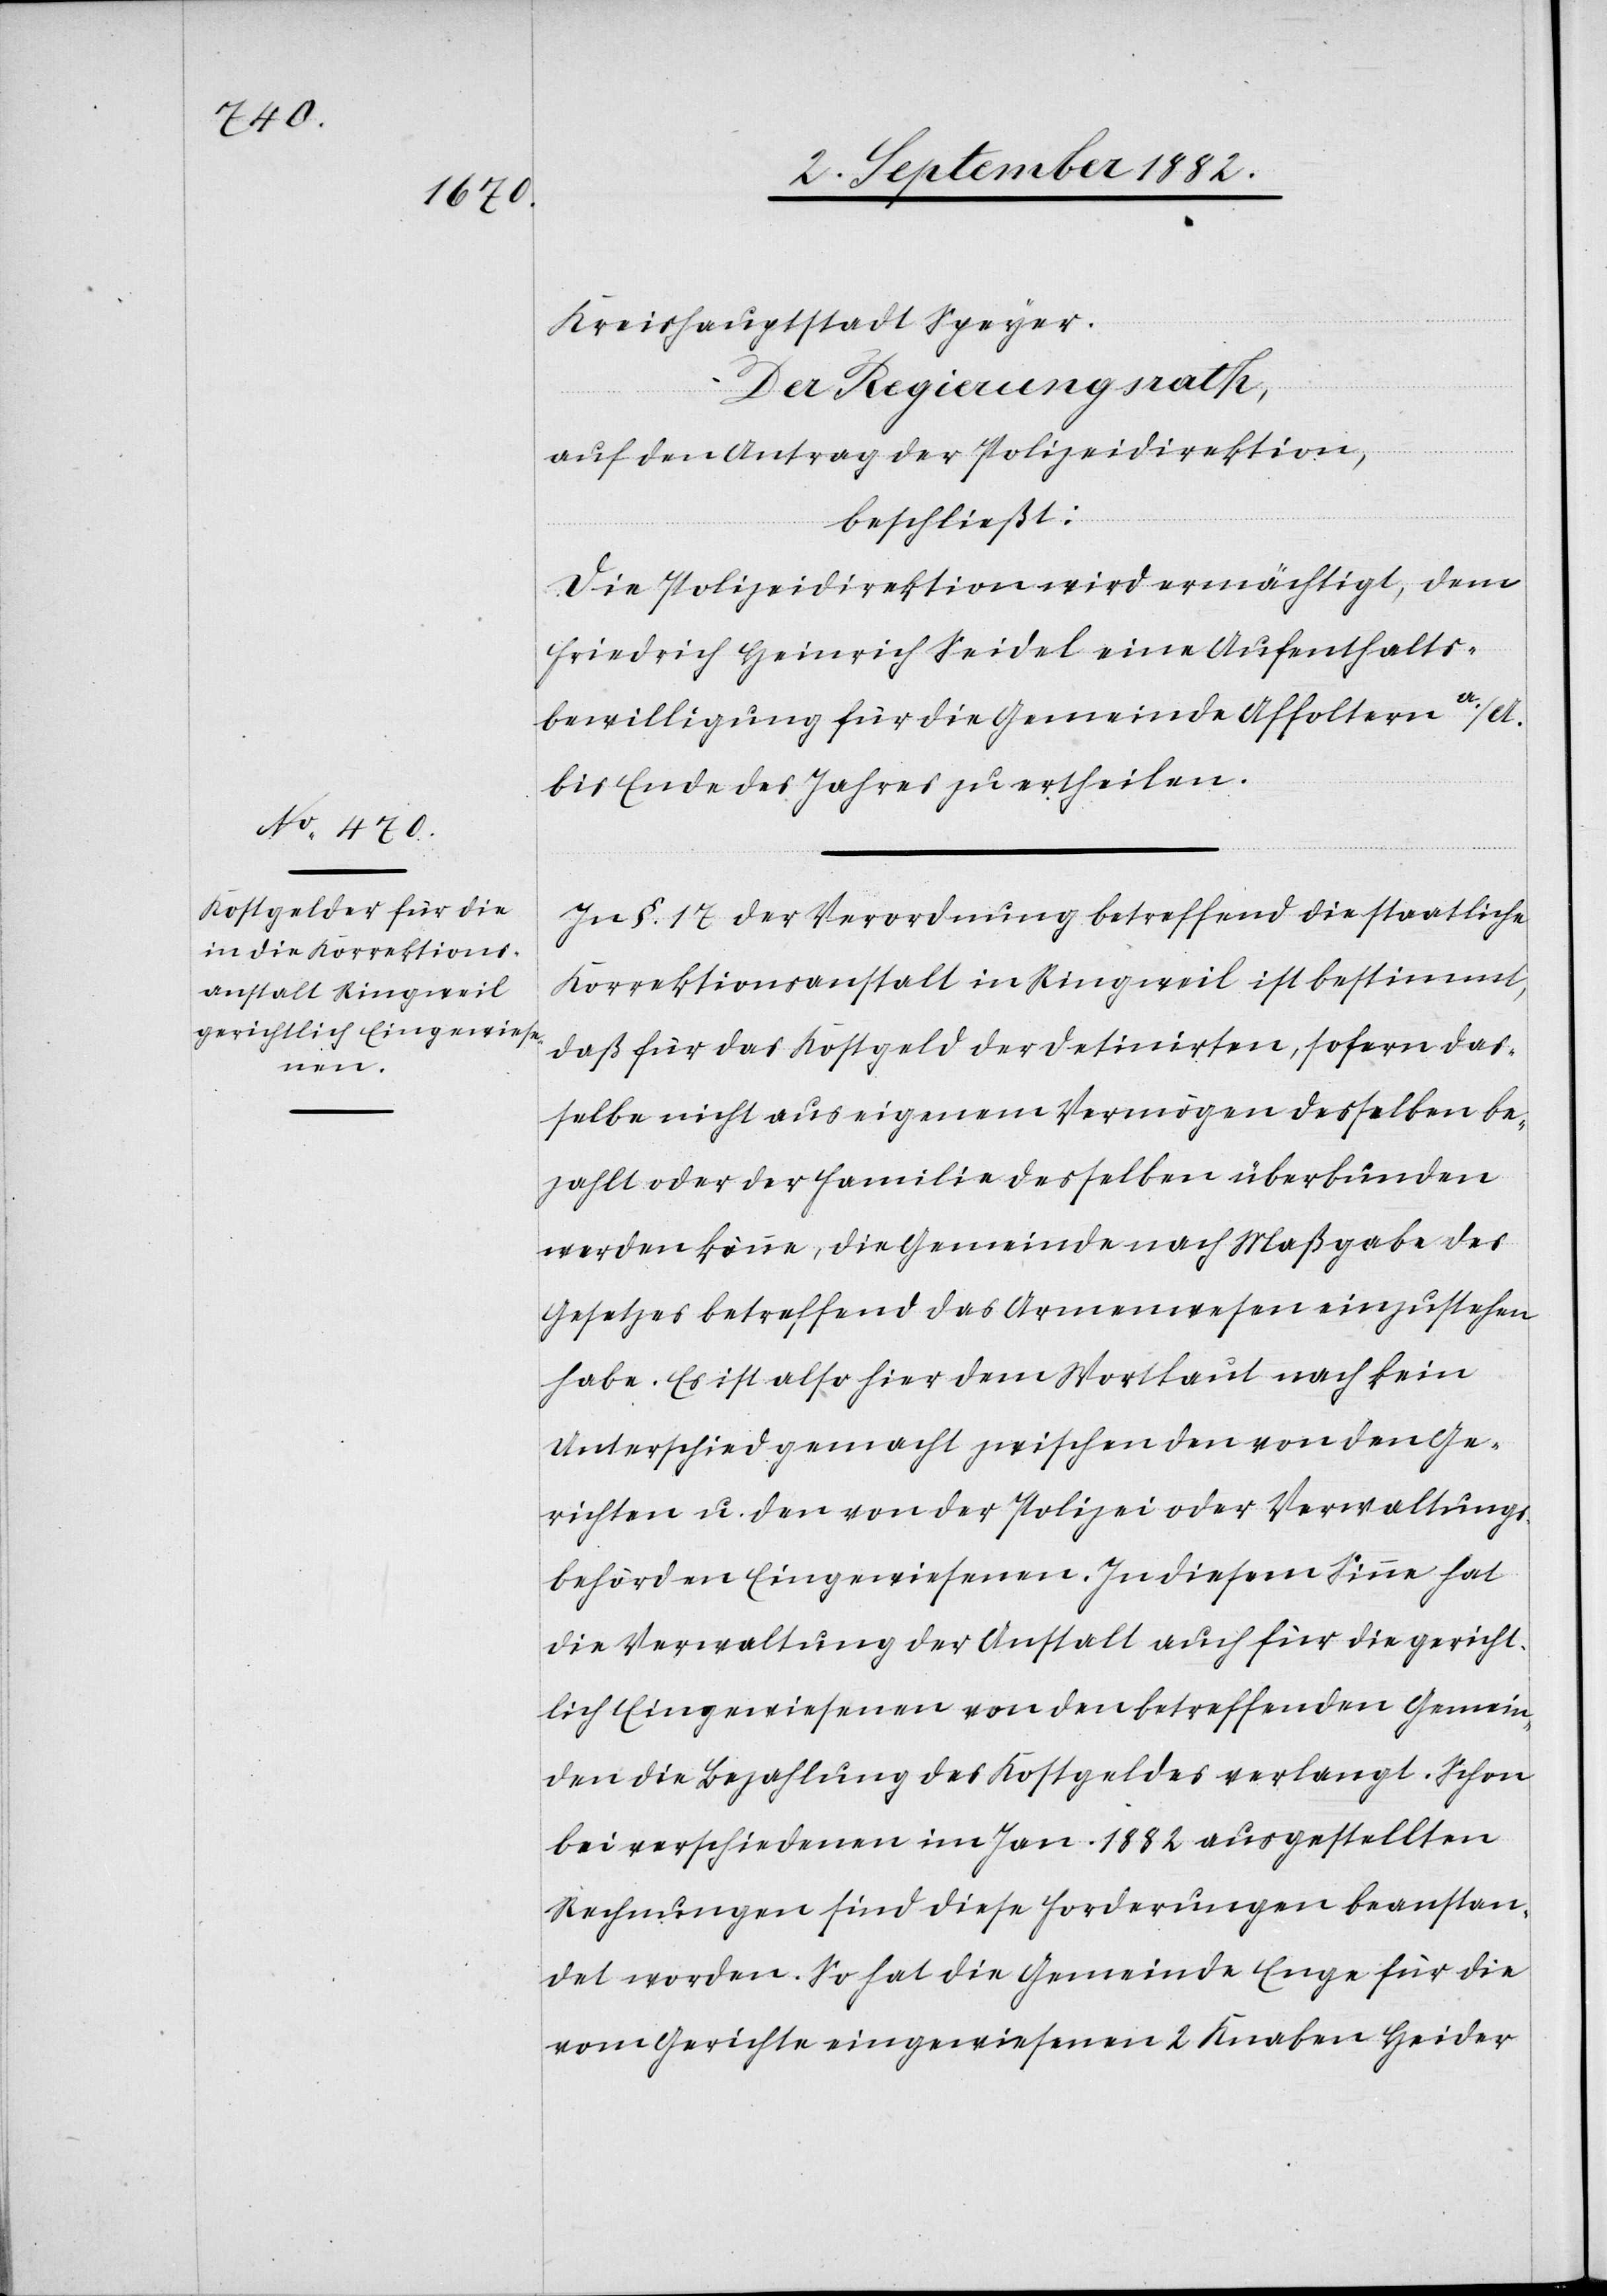
Kreishauptstadt Speyer
Der Regierungsrath,
auf den Antrag der Polizeidirektion,
beschließt:
Die Polizeidirektion wird ermächtigt, dem
Friedrich Heinrich Seidel eine Aufenthalts¬
bewilligung für die Gemeinde Affoltern a./A.
bis Ende des Jahres zu ertheilen.
In §. 17 der Verordnung betreffend die staatliche
Korrektionsanstalt in Ringweil ist bestimmt,
daß für das Kostgeld der Detinirten, sofern das¬
selbe nicht aus eigenem Vermögen desselben be¬
zahlt oder der Familie desselben überbunden
werden könne, die Gemeinde nach Maßgabe des
Gesetzes betreffend das Armenwesen einzustehen
habe. Es ist also hier dem Wortlaut nach kein
Unterschied gemacht zwischen den von den Ge¬
richten u. den von der Polizei oder Verwaltungs¬
behörden Eingewiesenen. In diesem Sinne hat
die Verwaltung der Anstalt auch für die gericht¬
lich Eingewiesenen von den betreffenden Gemein¬
den die Bezahlung des Kostgeldes verlangt. Schon
bei verschiedenen im Jan. 1882 ausgestellten
Rechnungen sind diese Forderungen beanstan¬
det worden. So hat die Gemeinde Enge für die
vom Gerichte eingewiesenen 2 Knaben Heider